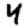
Digit: 4